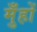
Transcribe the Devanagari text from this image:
मुँहों